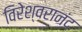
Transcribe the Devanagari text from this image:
विरेश्वरानंद